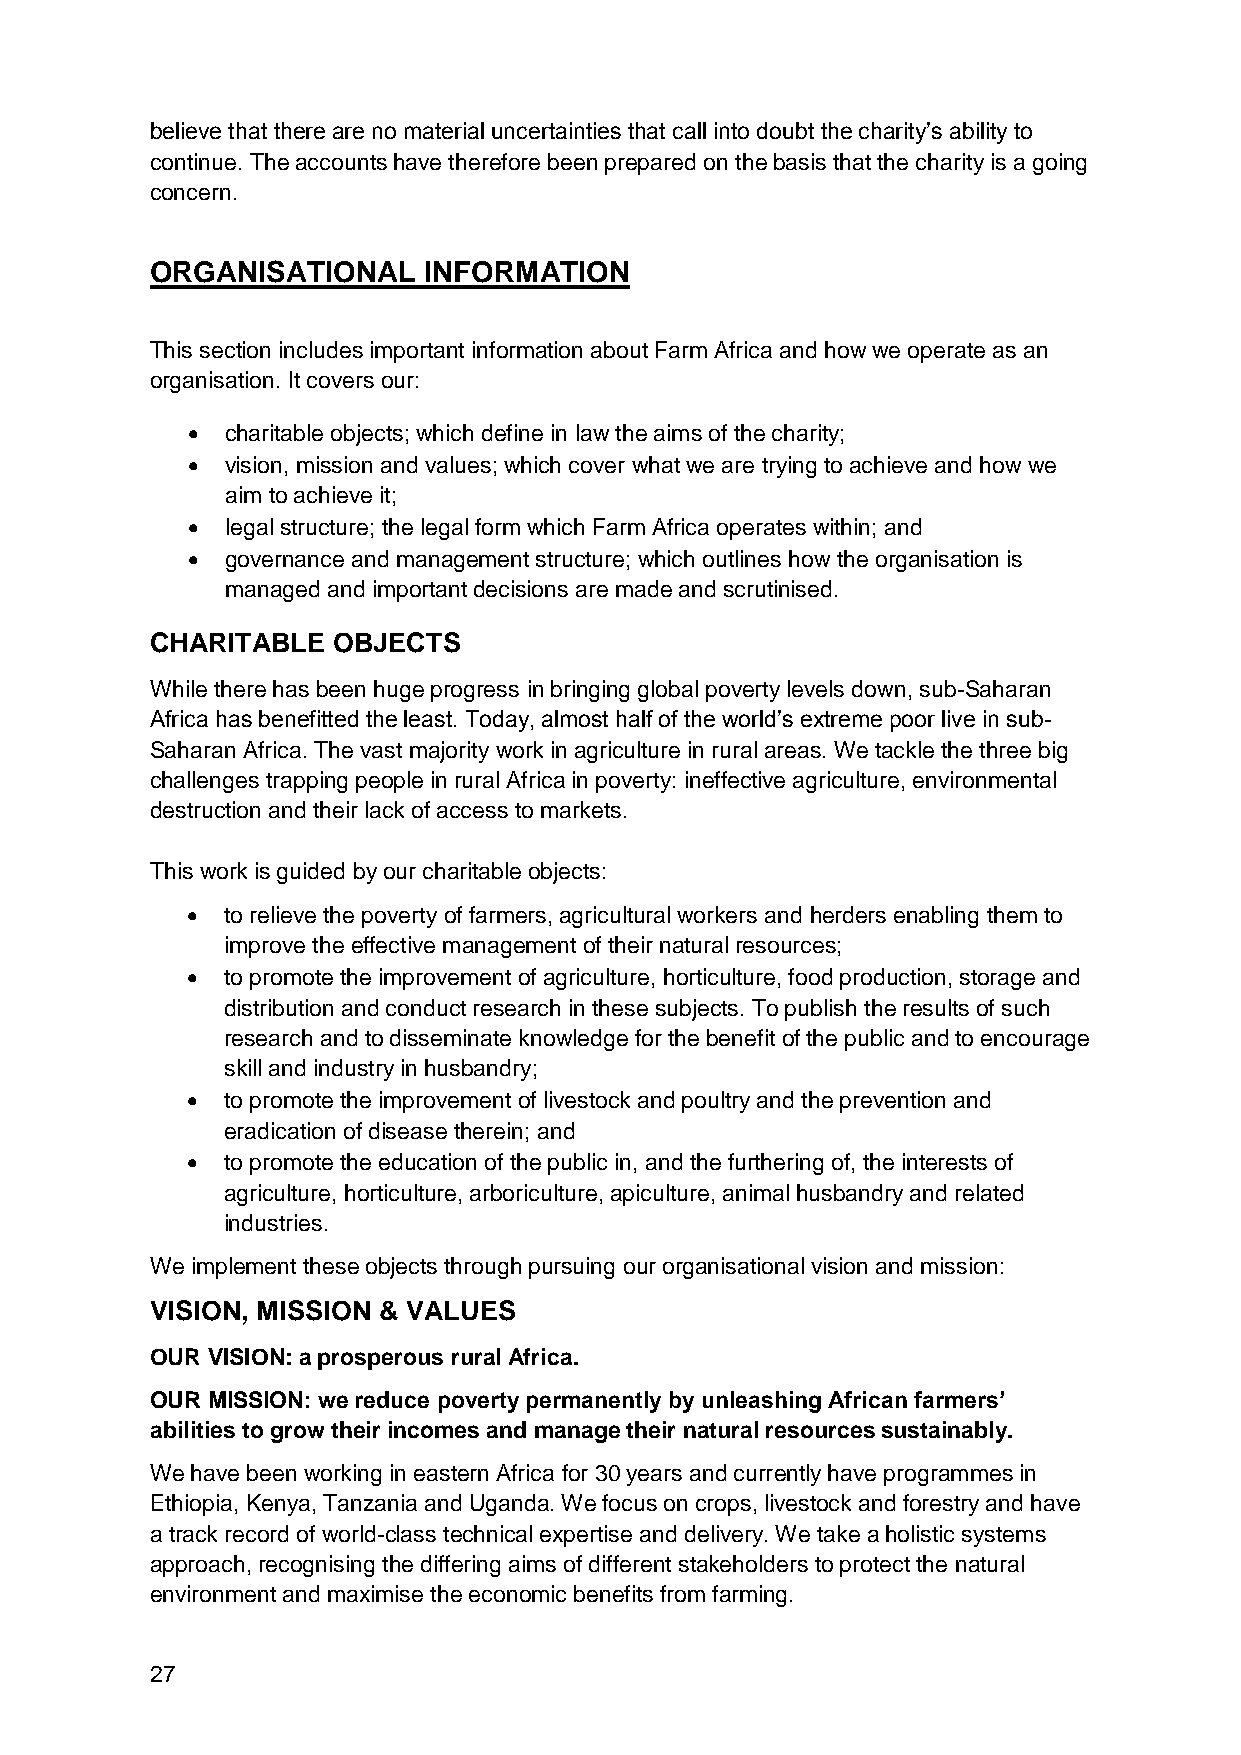
believe that there are no material uncertainties that call into doubt the charity’s ability to
 continue. The accounts have therefore been prepared on the basis that the charity is a going
 concern.
 ORGANISATIONAL    INFORMATION
 This section includes important information about Farm Africa and how we operate as an
 organisation. It covers our:
   charitable objects; which define in law the aims of the charity;
   vision, mission and values; which cover what we are trying to achieve and how we
 aim to achieve it;
   legal structure; the legal form which Farm Africa operates within; and
   governance and management structure; which outlines how the organisation is
 managed and important decisions are made and scrutinised.
 CHARITABLE  OBJECTS
 While there has been huge progress in bringing global poverty levels down, sub-Saharan
 Africa has benefitted the least. Today, almost half of the world’s extreme poor live in sub-
 Saharan Africa. The vast majority work in agriculture in rural areas. We tackle the three big
 challenges trapping people in rural Africa in poverty: ineffective agriculture, environmental
 destruction and their lack of access to markets.
 This work is guided by our charitable objects:
   to relieve the poverty of farmers, agricultural workers and herders enabling them to
 improve the effective management of their natural resources;
   to promote the improvement of agriculture, horticulture, food production, storage and
 distribution and conduct research in these subjects. To publish the results of such
 research and to disseminate knowledge for the benefit of the public and to encourage
 skill and industry in husbandry;
   to promote the improvement of livestock and poultry and the prevention and
 eradication of disease therein; and
   to promote the education of the public in, and the furthering of, the interests of
 agriculture, horticulture, arboriculture, apiculture, animal husbandry and related
 industries.
 We implement these objects through pursuing our organisational vision and mission:
 VISION, MISSION & VALUES
 OUR VISION: a prosperous rural Africa.
 OUR MISSION: we reduce poverty permanently by unleashing African farmers’
 abilities to grow their incomes and manage their natural resources sustainably.
 We have been working in eastern Africa for 30 years and currently have programmes in
 Ethiopia, Kenya, Tanzania and Uganda. We focus on crops, livestock and forestry and have
 a track record of world-class technical expertise and delivery. We take a holistic systems
 approach, recognising the differing aims of different stakeholders to protect the natural
 environment and maximise the economic benefits from farming.
 27